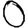
Digit: 0